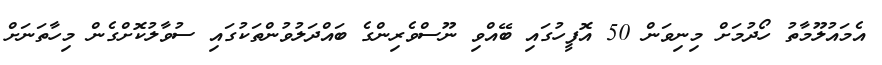
އެމައުލޫމާތު ހޯދުމަށް މިނިވަން 50 އޮފީހުގައި ބޭއްވި ނޫސްވެރިންގެ ބައްދަލުވުންތަކުގައި ސުވާލުކޮށްގެން މިހާތަނަށް